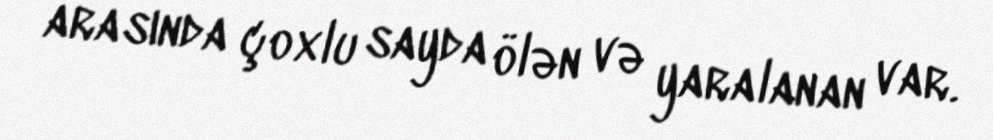
arasında çoxlu sayda ölən və yaralanan var.